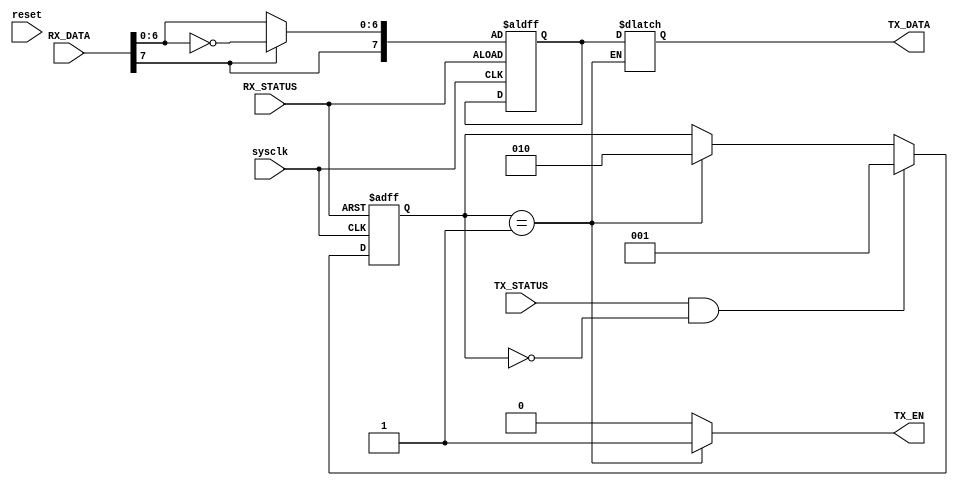
`timescale 1ns / 1ns
module Controller (sysclk,reset,RX_DATA,RX_STATUS,TX_STATUS,TX_DATA,TX_EN);

  input [7:0] RX_DATA;
  input reset,sysclk,RX_STATUS,TX_STATUS;
  output reg [7:0] TX_DATA;
  output reg TX_EN;

  reg [7:0] temp;
  
  reg [2:0] state;
  initial
	state<=2'd3;
  
  always @ (posedge sysclk or posedge RX_STATUS)
  begin
	if(RX_STATUS)
		state<=2'd0;				//first status,have receivered data
	else if(TX_STATUS&&state==2'd0)
		state<=2'd1;      			//second status,can start to send data
	else if(state==2'd1)
		state<=2'd2;      			//third status,hava sent data
  end
  
 
  always @ (posedge sysclk or posedge RX_STATUS)
  begin
	  if(RX_STATUS)					//have receivered data,store it to temp register
	  begin
	  #1
	  temp[7]<=RX_DATA[7];
	  temp[6:0]<=(RX_DATA[7]==1)?~RX_DATA[6:0]:RX_DATA[6:0];
	  end
  end
  
  always @ (state)
  begin
    case(state)
	2'd0:TX_EN<=0;
	2'd1:							//start to send data
	begin
	TX_EN<=1;
	TX_DATA<=temp;
	end
	2'd2:TX_EN<=0;
	default:TX_EN<=0;
	endcase
  end

endmodule